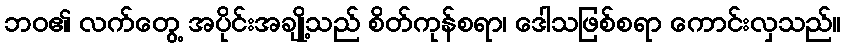
ဘဝ၏ လက်တွေ့ အပိုင်းအချို့သည် စိတ်ကုန်စရာ၊ ဒေါသဖြစ်စရာ ကောင်းလှသည်။